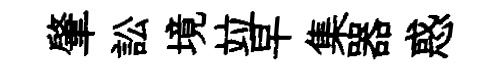
肇訟境竝早集器惑